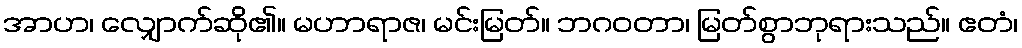
အာဟ၊ လျှောက်ဆို၏။ မဟာရာဇ၊ မင်းမြတ်။ ဘဂဝတာ၊ မြတ်စွာဘုရားသည်။ ဧတံ၊